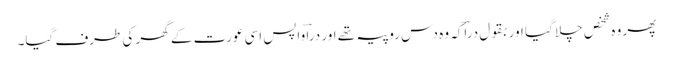
پھر وہ شخص چلا گیا اور بقول دراؔکہ وہ دس روپیہ تھے اور دراؔ واپس اسی عورت کے گھر کی طرف گیا۔